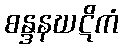
စန္ဒနဃဋိကံ